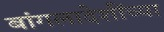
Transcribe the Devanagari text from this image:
बांगलादेशींच्या